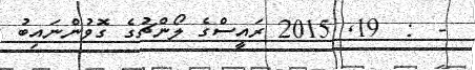
-  :  19